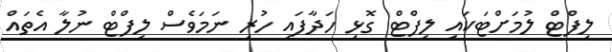
ލިފްޓް ލުމަށްޓަކައި ލިފްޓް ގޮޅި ހަދާފައި ހުރި ނަމަވެސް ލިފްޓް ނުލާ އެތައް